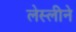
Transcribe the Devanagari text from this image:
लेस्‍लीने